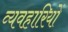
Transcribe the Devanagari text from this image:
व्यवहारियों